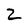
Character: 2